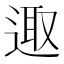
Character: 𨓭